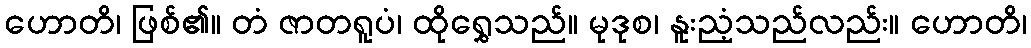
ဟောတိ၊ ဖြစ်၏။ တံ ဇာတရူပံ၊ ထိုရွှေသည်။ မုဒုစ၊ နူးညံ့သည်လည်း။ ဟောတိ၊